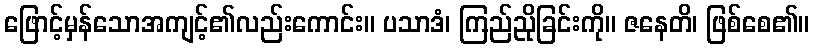
ဖြောင့်မှန်သောအကျင့်၏လည်းကောင်း။ ပသာဒံ၊ ကြည်ညိုခြင်းကို။ ဇနေတိ၊ ဖြစ်စေ၏။